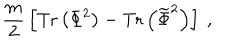
LaTeX: { \frac { m } { 2 } } \left[ \mathrm { T r } \left( \Phi ^ { 2 } \right) - \mathrm { T r } \left( { \widetilde \Phi } ^ { 2 } \right) \right] ~ ,